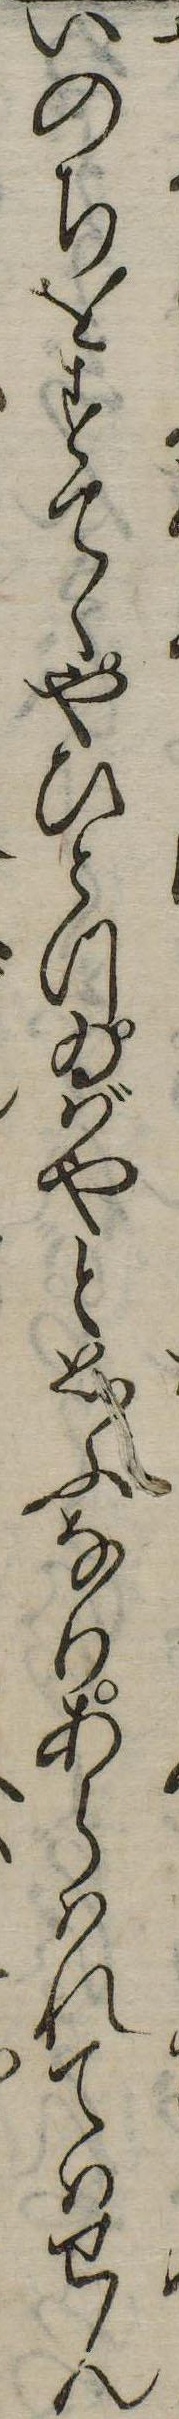
いのちをすてゝやひとつゐばやと思ふなりあらはれてはせん